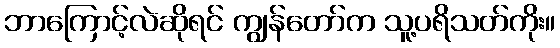
ဘာကြောင့်လဲဆိုရင် ကျွန်တော်က သူ့ပရိသတ်ကိုး။